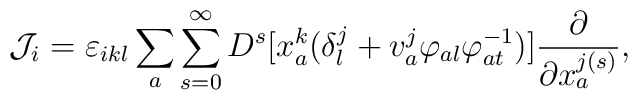
{\cal J}_{i}=\varepsilon _{ikl}\sum _{a}\sum _{s=0}^{\infty}D^{s}[x^{k}_{a}(\delta ^{j}_{l}+v^{j}_{a}\varphi _{al}\varphi ^{-1}_{at})]\frac {\partial }{\partial x_{a}^{j(s)}} ,